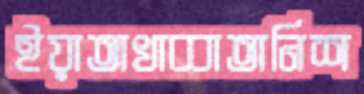
ইয়াতাখাব্বাতানিশ